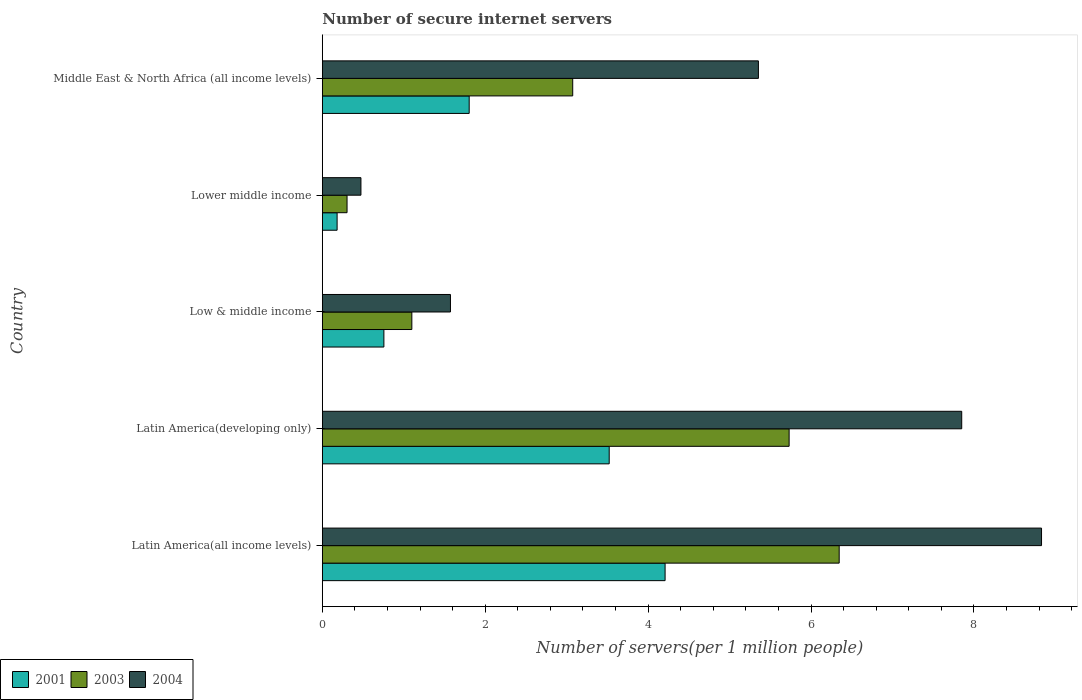
| Country | 2001 | 2003 | 2004 |
 | --- | --- | --- | --- |
 | Latin America(all income levels) | 4.21 | 6.35 | 8.83 |
 | Latin America(developing only) | 3.52 | 5.73 | 7.85 |
 | Low & middle income | 0.756 | 1.1 | 1.57 |
 | Lower middle income | 0.182 | 0.303 | 0.474 |
 | Middle East & North Africa (all income levels) | 1.8 | 3.07 | 5.35 |